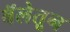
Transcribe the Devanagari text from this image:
बॅलेतून